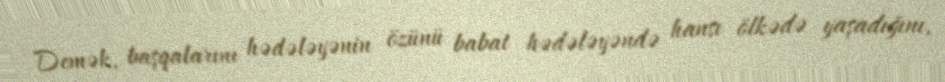
Demək, başqalarını hədələyənin özünü babat hədələyəndə hansı ölkədə yaşadığını,